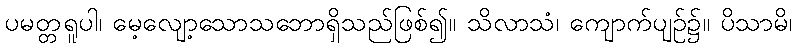
ပမတ္တရူပါ၊ မေ့လျော့သောသဘောရှိသည်ဖြစ်၍။ သိလာသံ၊ ကျောက်ပျဉ်၌။ ပိသာမိ၊